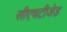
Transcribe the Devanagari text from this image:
सीएचटीजेड